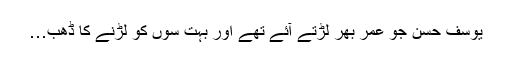
یوسف حسن جو عمر بھر لڑتے آئے تھے اور بہت سوں کو لڑنے کا ڈھب…